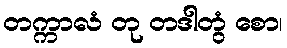
တက္ကာလံ တု တဒါတွံ စော၊